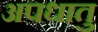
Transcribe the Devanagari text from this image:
अपधातु